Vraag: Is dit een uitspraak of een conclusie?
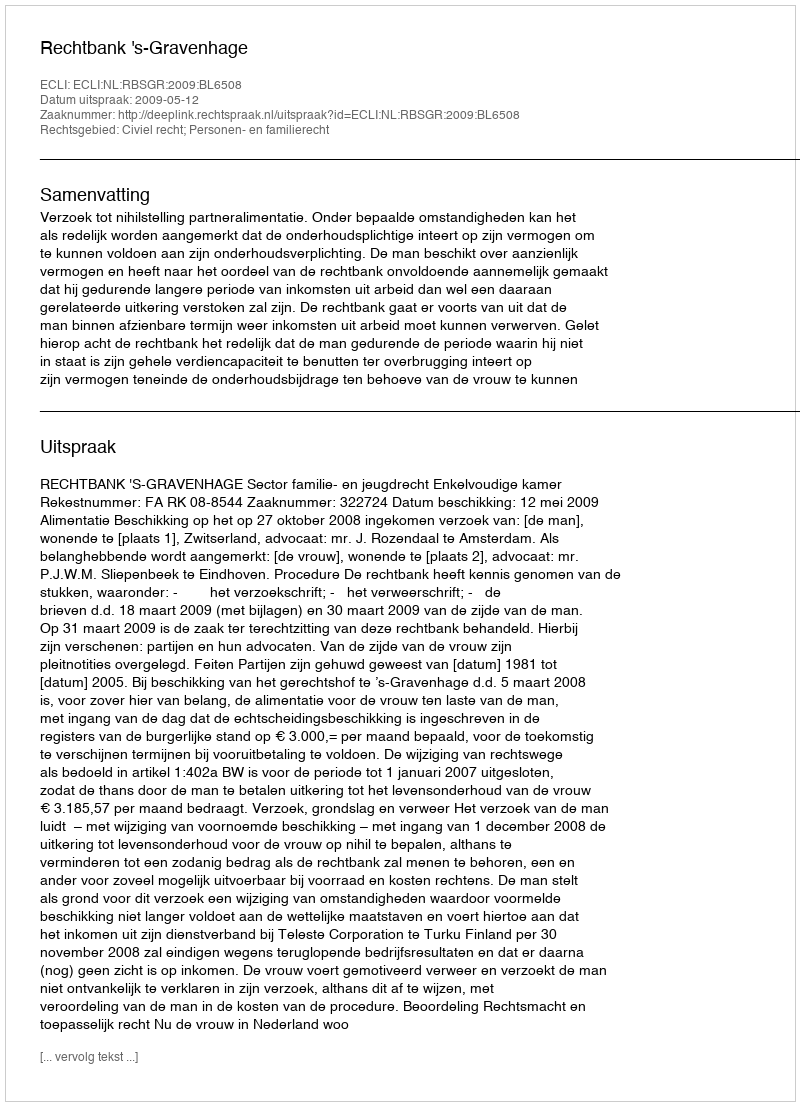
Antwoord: Uitspraak